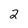
Character: 2